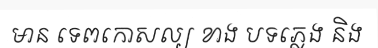
មាន ទេពកោសល្យ ខាង បទភ្លេង និង